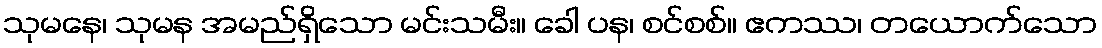
သုမနေ၊ သုမန အမည်ရှိသော မင်းသမီး။ ခေါ ပန၊ စင်စစ်။ ဧကဿ၊ တယောက်သော